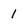
Character: 1